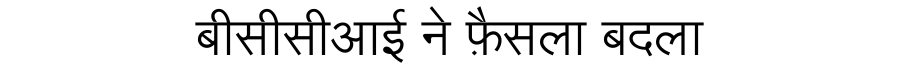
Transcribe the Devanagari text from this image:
बीसीसीआई ने फ़ैसला बदला